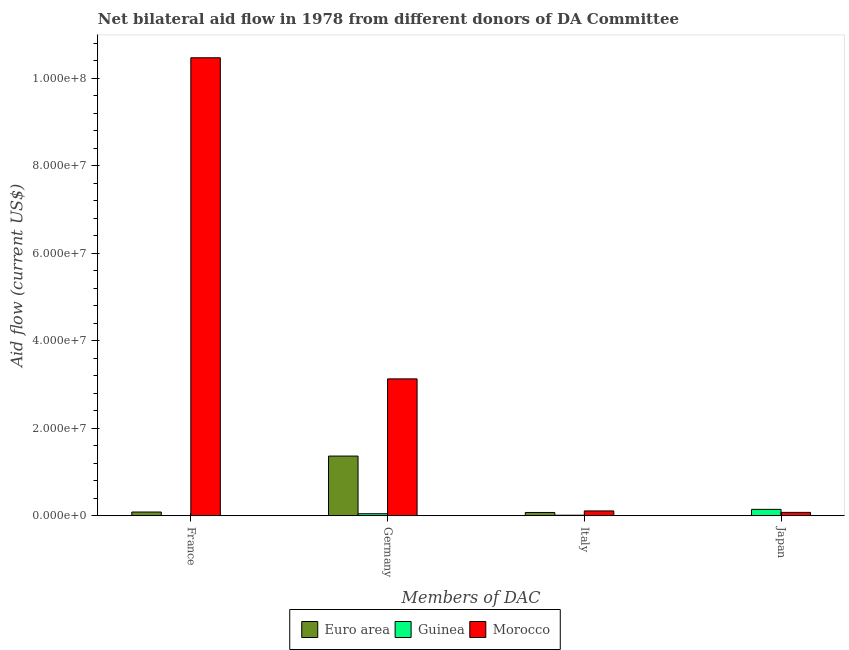
| Members of DAC | Euro area | Guinea | Morocco |
 | --- | --- | --- | --- |
 | France | 8.6e+05 | -4.3e+06 | 1.05e+08 |
 | Germany | 1.36e+07 | 4.7e+05 | 3.13e+07 |
 | Italy | 7.6e+05 | 1.3e+05 | 1.11e+06 |
 | Japan | 3e+04 | 1.47e+06 | 7.8e+05 |